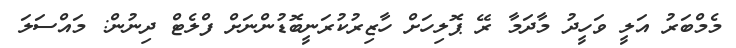
މެމްބަރު އަލީ ވަހީދު މާދަމާ ރޭ ޕޮލިހަށް ހާޒިރުކުރަނީބޮޑުންނަށް ފްލެޓް ދިނުން: މައްސަލަ